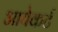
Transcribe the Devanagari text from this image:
आयेकर्ट